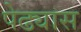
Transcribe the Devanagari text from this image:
पेढ्यास